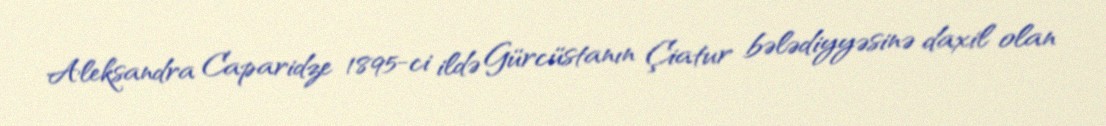
Aleksandra Caparidze 1895-ci ildə Gürcüstanın Çiatur bələdiyyəsinə daxil olan